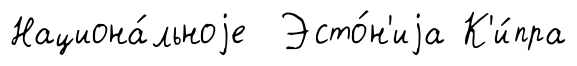
Национа́льноjе Эсто́н'иjа К'и́пра